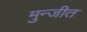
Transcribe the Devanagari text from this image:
मुन्जीत